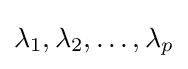
\lambda _{1},\lambda _{2},\dots ,\lambda _{p}